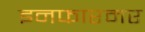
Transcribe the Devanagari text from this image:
इनफारमर